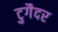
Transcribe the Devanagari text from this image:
टुगैदर